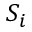
S _ { i }